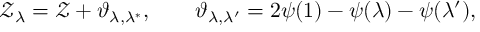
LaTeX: \mathcal { Z } _ { \lambda } = \mathcal { Z } + \vartheta _ { \lambda , \lambda ^ { * } } , \qquad \vartheta _ { \lambda , \lambda ^ { \prime } } = 2 \psi ( 1 ) - \psi ( \lambda ) - \psi ( \lambda ^ { \prime } ) ,